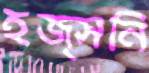
হজ্সনি